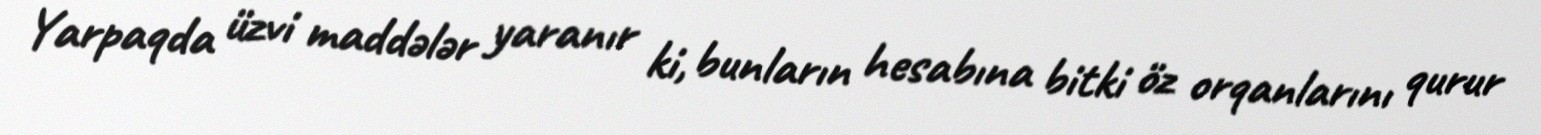
Yarpaqda üzvi maddələr yaranır ki, bunların hesabına bitki öz orqanlarını qurur